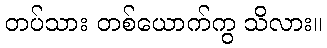
တပ်သား တစ်ယောက်ကွ သိလား။